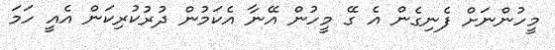
މީހުންނަށް ފެނިގެން އެ ގޭ މީހުން އޭނާ އެކަމުން ދުރުކުރިކަން އެއީ ހަމަ